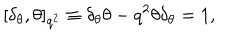
\lbrack \delta _ { \theta } , \theta ] _ { q ^ { 2 } } \equiv \delta _ { \theta } \theta - q ^ { 2 } \theta \delta _ { \theta } = 1 ,